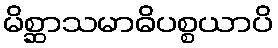
မိစ္ဆာသမာဓိပစ္စယာပိ